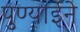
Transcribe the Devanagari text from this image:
पुण्याईने